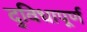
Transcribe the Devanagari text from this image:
दुविधापूर्ण